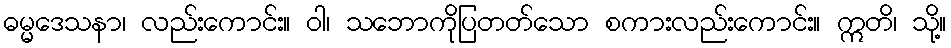
ဓမ္မဒေသနာ၊ လည်းကောင်း။ ဝါ၊ သဘောကိုပြတတ်သော စကားလည်းကောင်း။ ဣတိ၊ သို့။